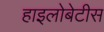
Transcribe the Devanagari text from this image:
हाइलोबेटीस